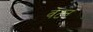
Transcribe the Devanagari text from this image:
वेटन